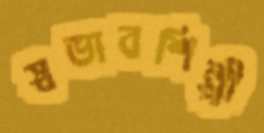
স্বভাবশিল্পী